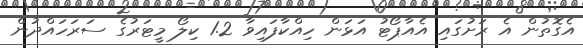
އެގޮތުން އެ ރަށުގައި އެއާޕޯޓު އަޅަން ހިއްކާފައިވާ 1.2 ކިލޯ މީޓަރުގެ ސަރަހައްދުން